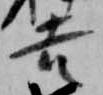
吉